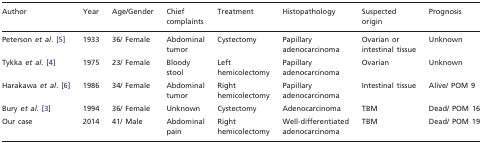
<table><thead><tr><td><b>Author</b></td><td><b>Year</b></td><td><b>Age/Gender</b></td><td><b>Chief complaints</b></td><td><b>Treatment</b></td><td><b>Histopathology</b></td><td><b>Suspected origin</b></td><td><b>Prognosis</b></td></tr></thead><tbody><tr><td>Peterson <i>et al.</i> [5]</td><td>1933</td><td>36/ Female</td><td>Abdominal tumor</td><td>Cystectomy</td><td>Papillary adenocarcinoma</td><td>Ovarian or intestinal tissue</td><td>Unknown</td></tr><tr><td>Tykka <i>et al.</i> [4]</td><td>1975</td><td>23/ Female</td><td>Bloody stool</td><td>Left hemicolectomy</td><td>Papillary adenocarcinoma</td><td>Ovarian</td><td>Unknown</td></tr><tr><td>Harakawa <i>et al.</i> [6]</td><td>1986</td><td>34/ Female</td><td>Abdominal tumor</td><td>Right hemicolectomy</td><td>Papillary adenocarcinoma</td><td>Intestinal tissue</td><td>Alive/ POM 9</td></tr><tr><td>Bury <i>et al.</i> [3]</td><td>1994</td><td>36/ Female</td><td>Unknown</td><td>Cystectomy</td><td>Adenocarcinoma</td><td>TBM</td><td>Dead/ POM 16</td></tr><tr><td>Our case</td><td>2014</td><td>41/ Male</td><td>Abdominal pain</td><td>Right hemicolectomy</td><td>Well-differentiated adenocarcinoma</td><td>TBM</td><td>Dead/ POM 19</td></tr></tbody></table>